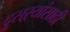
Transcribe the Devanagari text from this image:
दुसऱ्यांसाठी